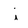
Character: i